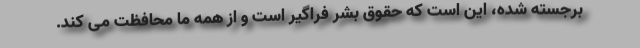
برجسته شده، این است که حقوق بشر فراگیر است و از همه ما محافظت می کند.